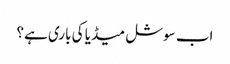
اب سوشل میڈیا کی باری ہے؟